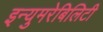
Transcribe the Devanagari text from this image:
इन्युमरेबिलिटी